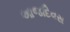
આજદિવસ